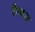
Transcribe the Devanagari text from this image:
रैम्बस